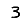
Digit: 3